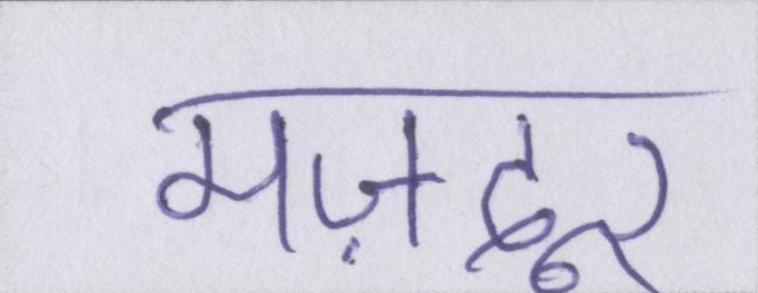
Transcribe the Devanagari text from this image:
मज़दूर